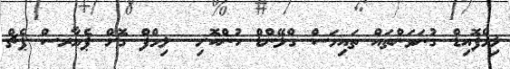
ލިމްފޮއިޑް ގުނަވަންތައް ތައިމަސް ގްލޭންޑް ހުންކޮށި  ލިމްފް ގޮށް ޕެޔާރސް ޕެޗް